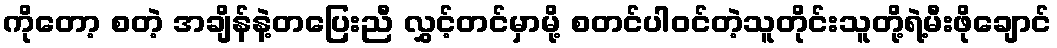
ကိုတော့ စတဲ့ အချိန်နဲ့တပြေးညီ လွှင့်တင်မှာမို့ စတင်ပါ၀င်တဲ့သူတိုင်းသူတို့ရဲ့မီးဖိုချောင်